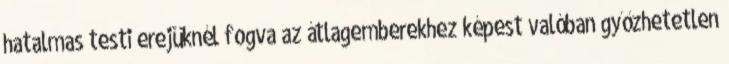
hatalmas testi erejüknél fogva az átlagemberekhez képest valóban győzhetetlen